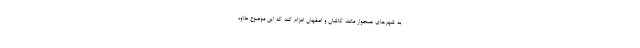
به شهرهای همجوار مانند کاشان و اصفهان اعزام کند که این موضوع علاوه